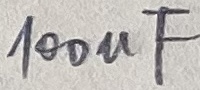
Text: 100uF